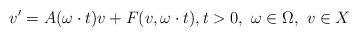
LaTeX: \begin{align*}v'=A(\omega \cdot t)v+F(v,\omega \cdot t),t>0,\ \omega\in \Omega,\ v\in X\end{align*}